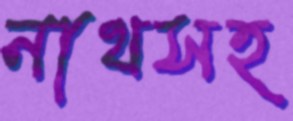
নাথসহ